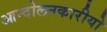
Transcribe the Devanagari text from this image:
आन्दोलनकारीयो